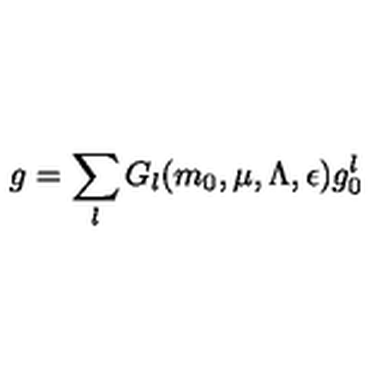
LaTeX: g = \sum _ { l } G _ { l } ( m _ { 0 } , \mu , \Lambda , \epsilon ) g _ { 0 } ^ { l }